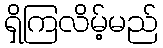
ရှိကြလိမ့်မည်